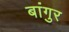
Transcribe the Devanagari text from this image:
बांगुर